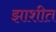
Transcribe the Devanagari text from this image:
झाशीत